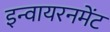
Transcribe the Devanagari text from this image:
इन्वायरनमेंट